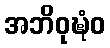
အဘိဝုဍ္ဎံဝ